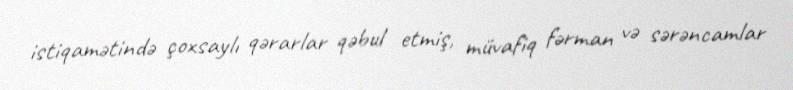
istiqamətində çoxsaylı qərarlar qəbul etmiş, müvafiq fərman və sərəncamlar